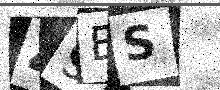
Text: 49ES